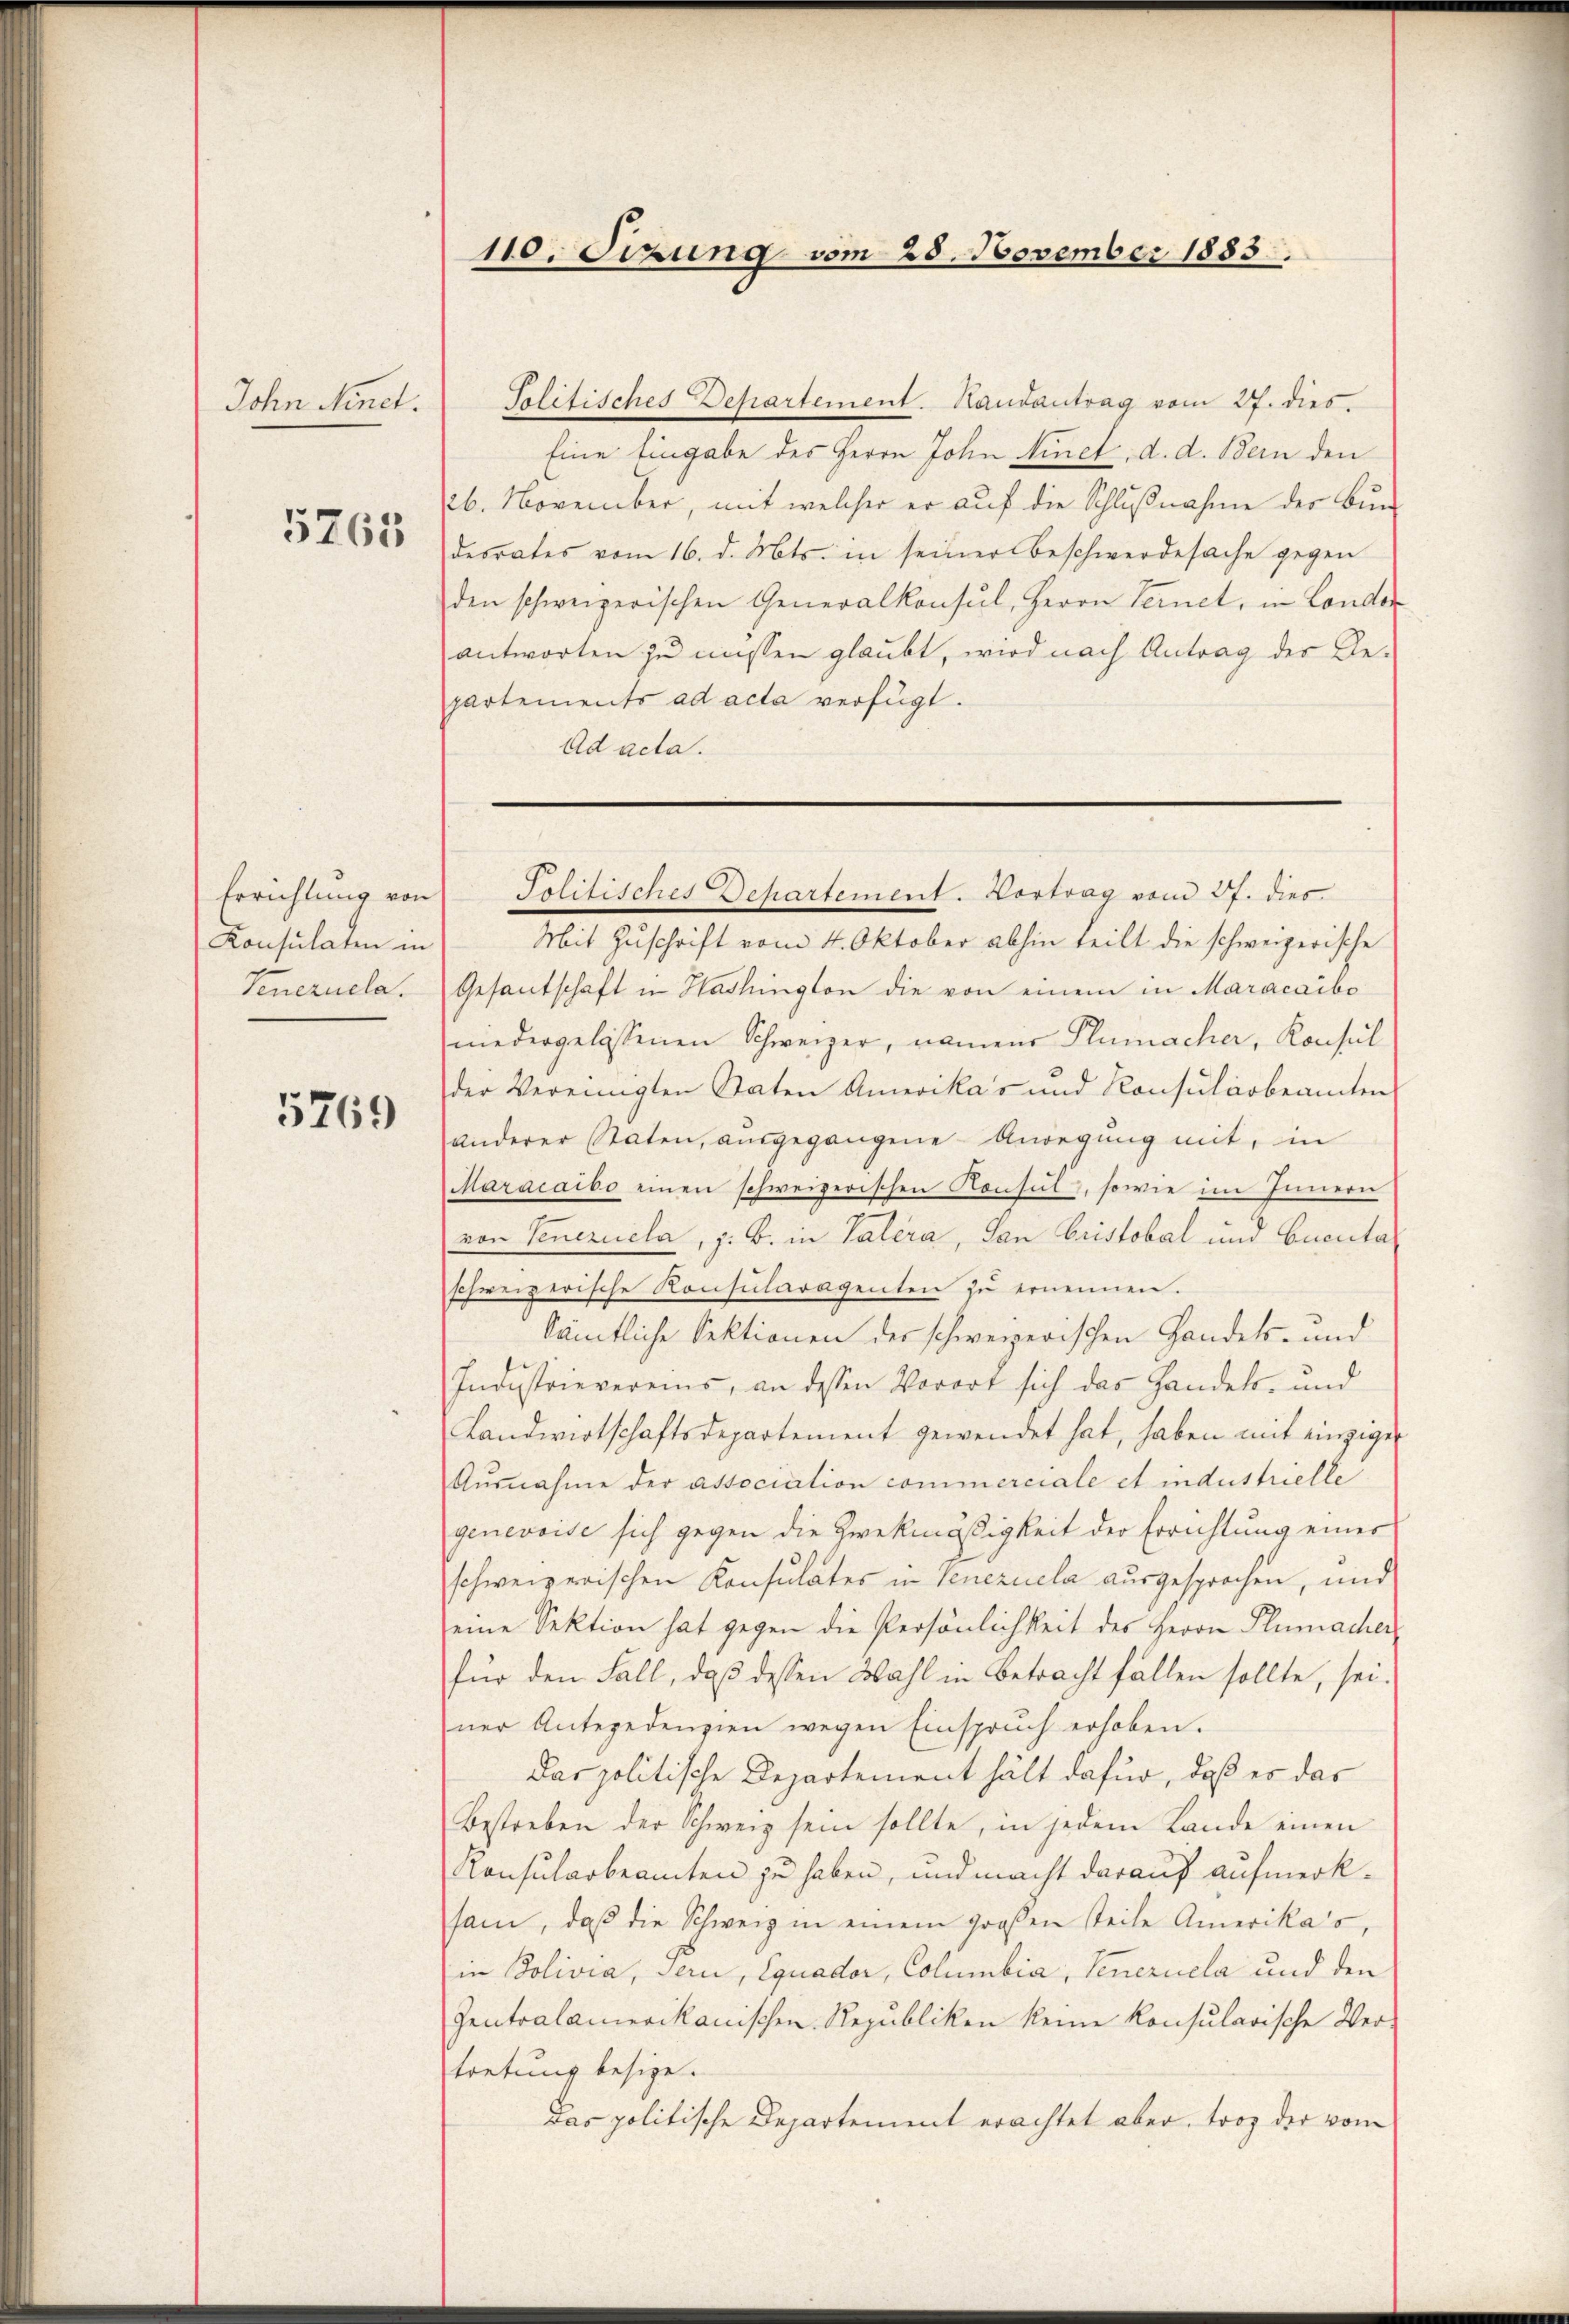
John Minet.

5765

Errichtung von
Konsulaten in
Venezuela.

5769

110. Sizung vom 28. November 1883.

Solitisches Departement. Hautantrag vom 27. dies
Eine Eingabe des Herrn John Vinet, d. d. Bern den
26. November, mit welcher er auf die Schlußnahme des Burdesrates vom 16. d. Mts. in seiner Beschwerdesache gegen
den schweizerischen Generalkonsul, Herrn Ternet, in Londor
antworten zu müssen glaubt, wird nach Antrag der Gepartements ad acta verfügt.
Ad acta.

Politisches Departement. Hortrag vom 27. dies

Mit Zuschrift vom 4. Oktober abhin teilt die schweizerische
Gesantschaft in Washington die von einem in Maracaibo
niedergelassenen Schweizer, namens Plumacher, Konsul
der Vereinigten Staten Amerika’s und Konsularbeamten
anderer Staten, ausgegangene Anregung mit, in
Maracaibo einen schweizerischen Konsul, sowie im Innern
von Veneriela, z. B. in Valera, San Cristobal und Cucuta
schweizerische Konsularagenten zu ernennen.
Sämtliche Sektionen der schweizerischen Handels- und
Industrievereins, an dessen Vorort sich das Handels- und
Landwirtschaftsdepartement gewendet hat, haben mit einzige
Ausnahme der association commerciale et industrielle
genevoise sich gegen die Zweckmäßigkeit der Errichtung eines
schweizerischen Konsulates in Venezuela ausgesprochen, und
eine Sektion hat gegen die Persönlichkeit des Herrn Plumacher
für den Fall, daß dessen Wahl in Betracht fallen sollte, sei.
ner Antepedenzien wegen Einspruch erhoben.
Das politische Departement hält dafür, daß es das
Bestreben der Schweiz sein sollte, in jedem Lande einen
Konsularbeamten zu haben, und macht darauf aufmerksam, daβ die Schweiz in einem großen steile Amerikas,
in Bolivia, sern, Equader, Columbia, Venezuela und den
Zentralamerikanischen Republiken keine konsularische Vertretung besize.
Das politische Departement erachtet aber, troz der vom